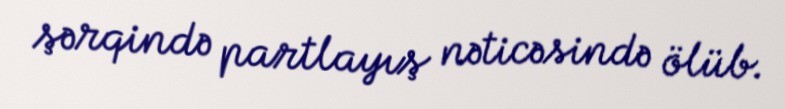
şərqində partlayış nəticəsində ölüb.